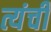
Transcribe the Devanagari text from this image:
त्यंची